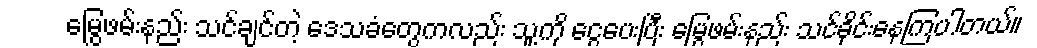
မြွေဖမ်းနည်း သင်ချင်တဲ့ ဒေသခံတွေကလည်း သူ့ကို ငွေပေးပြီး မြွေဖမ်းနည်း သင်ခိုင်းနေကြပါတယ်။